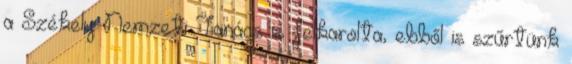
a Székely Nemzeti Tanács is felkarolta, ebből is szűrtünk